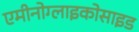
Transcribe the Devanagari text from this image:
एमीनोग्लाइकोसाइड